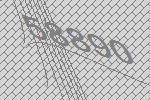
58890